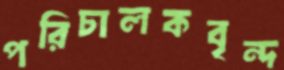
পরিচালকবৃন্দ